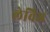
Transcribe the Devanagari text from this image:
लेविज